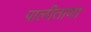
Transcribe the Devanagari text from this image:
पालीताणा